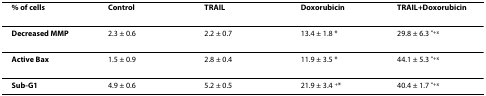
| % of cells | Control | TRAIL | Doxorubicin | TRAIL+Doxorubicin |
 | --- | --- | --- | --- | --- |
 | Decreased MMP | 2.3 ± 0.6 | 2.2 ± 0.7 | 13.4 ± 1.8 * | 29.8 ± 6.3 *+x |
 | Active Bax | 1.5 ± 0.9 | 2.8 ± 0.4 | 11.9 ± 3.5 * | 44.1 ± 5.3 *+x |
 | Sub-G1 | 4.9 ± 0.6 | 5.2 ± 0.5 | 21.9 ± 3.4 +* | 40.4 ± 1.7 *+x |